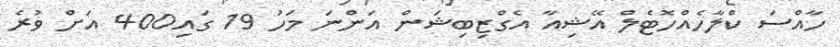
ހާއްސަ ކްލާހެއްހޮޓެލް އޭޝިއާ އެގްޒިބިޝަން އަންނަ މަހު 19 ގައި400 އަށް ވުރެ